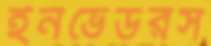
ইনভেডরস